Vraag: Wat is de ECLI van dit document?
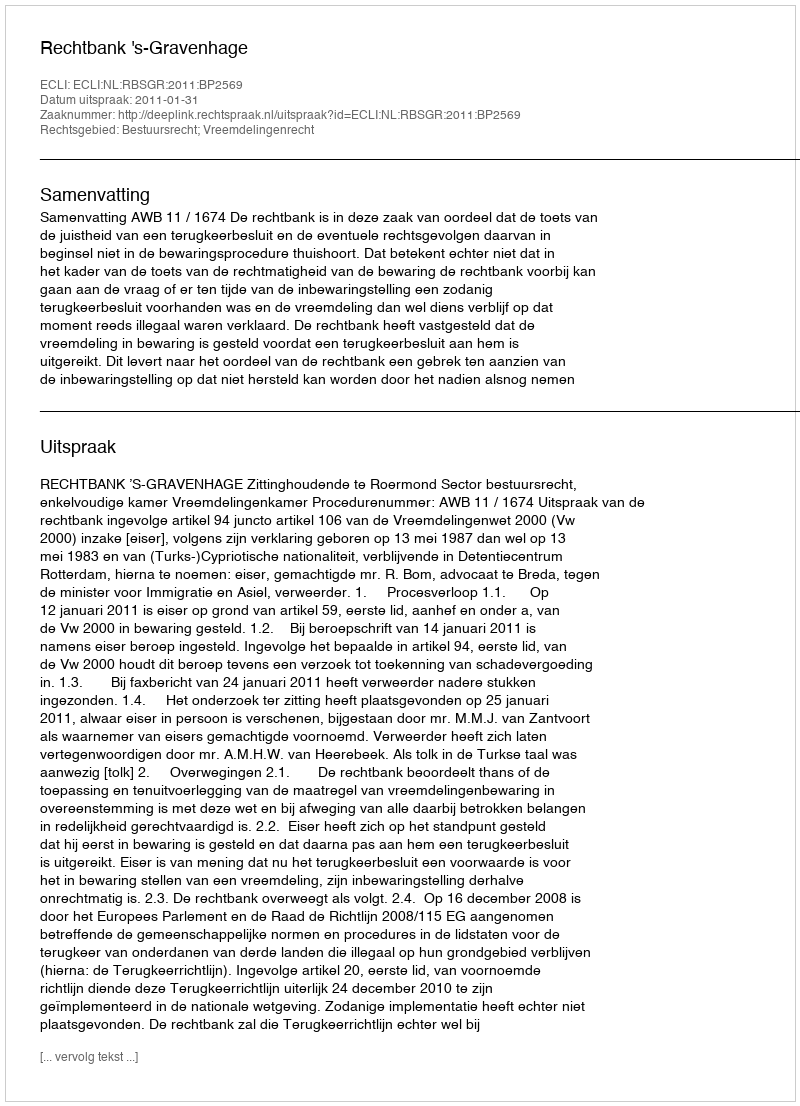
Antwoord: ECLI:NL:RBSGR:2011:BP2569